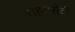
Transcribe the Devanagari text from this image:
राहतसेवी